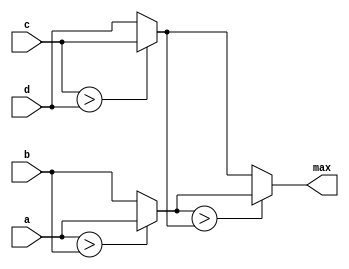
`timescale 1ns/1ns

module top_module(
    input [7:0] a, b, c, d,
    output [7:0] max);//
    wire [7:0] m1,m2;
    assign m1=(a>b)?a:b;
    assign m2=(c>d)?c:d;
    assign max=(m1>m2)?m1:m2;
endmodule